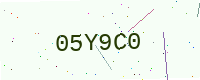
Text: 05Y9C0